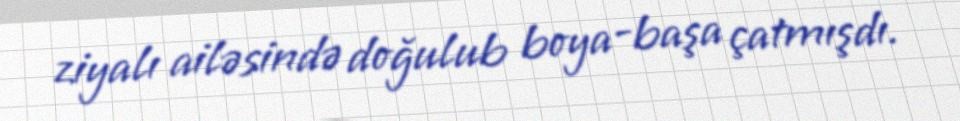
ziyalı ailəsində doğulub boya-başa çatmışdı.